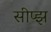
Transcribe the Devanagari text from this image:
सीप्झ